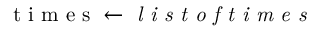
\textrm { t i m e s } \gets \textit { l i s t o f t i m e s }